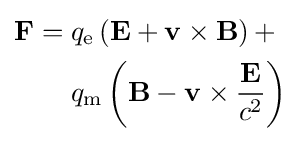
{\begin{aligned}\mathbf {F} ={}&q_{\mathrm {e} }\left(\mathbf {E} +\mathbf {v} \times \mathbf {B} \right)+\\&q_{\mathrm {m} }\left(\mathbf {B} -\mathbf {v} \times {\frac {\mathbf {E} }{c^{2}}}\right)\end{aligned}}